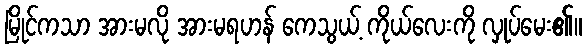
မြိုင်ကသာ အားမလို အားမရဟန် ကေသွယ့် ကိုယ်လေးကို လှုပ်မေး၏။